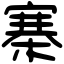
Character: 寨